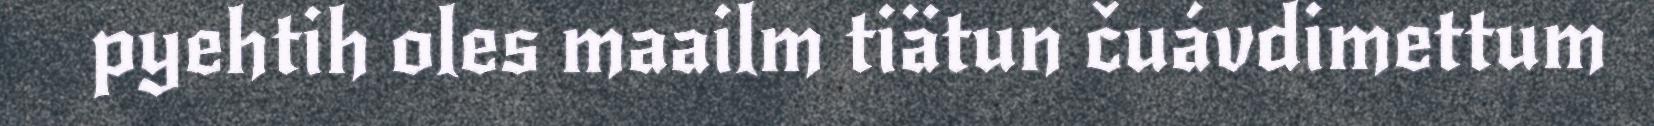
pyehtih oles maailm tiätun čuávdimettum